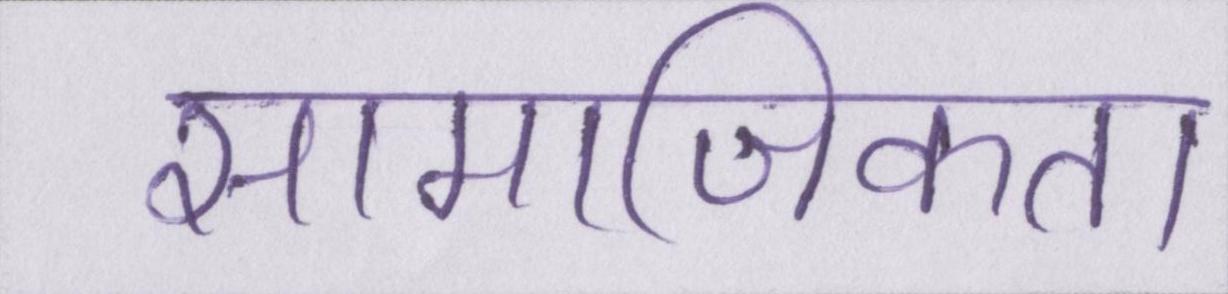
सामाजिकता